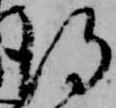
得